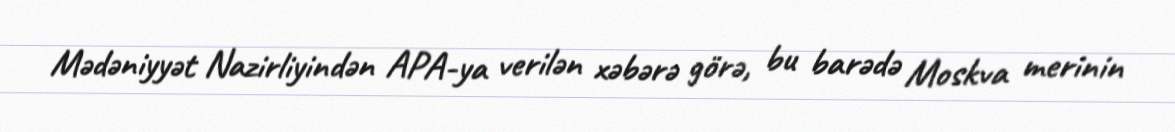
Mədəniyyət Nazirliyindən APA-ya verilən xəbərə görə, bu barədə Moskva merinin